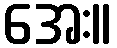
အေး။